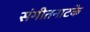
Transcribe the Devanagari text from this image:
संगीतनाटके